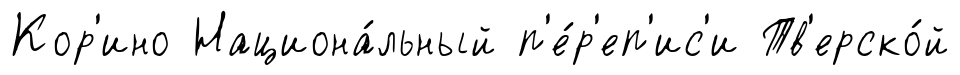
Кор'ино Национа́льный п'е́р'еп'ис'и Тв'ерско́й